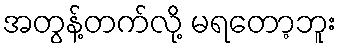
အတွန့်တက်လို့ မရတော့ဘူး